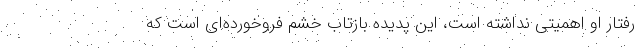
رفتار او اهمیتی نداشته است، این پدیده بازتاب خشم فروخورده‌ای است که